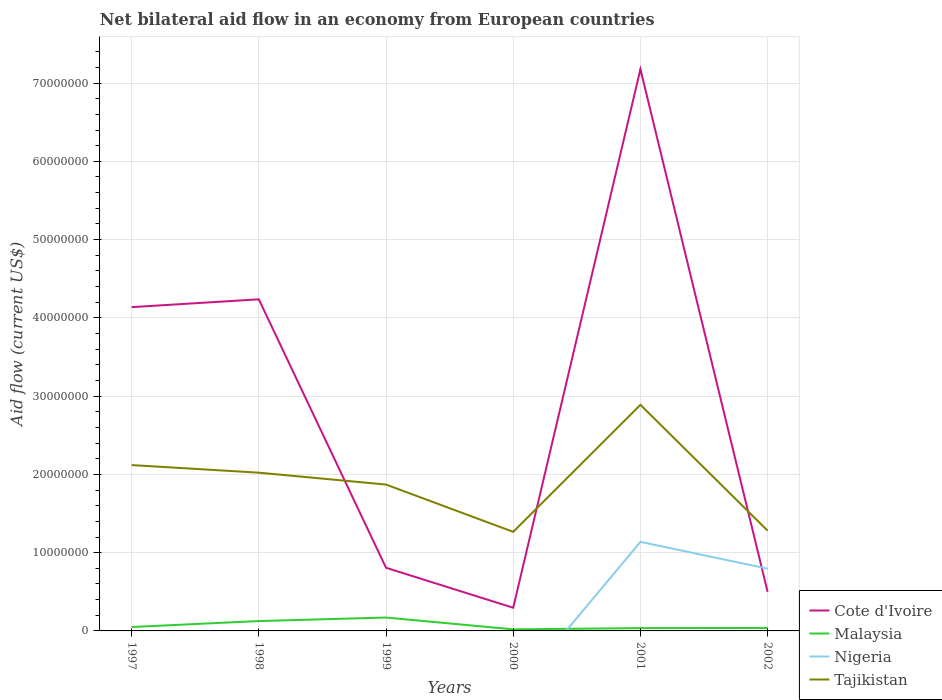
| Years | Cote d'Ivoire | Malaysia | Nigeria | Tajikistan |
 | --- | --- | --- | --- | --- |
 | 1997 | 4.14e+07 | 5e+05 | -8.14e+06 | 2.12e+07 |
 | 1998 | 4.24e+07 | 1.26e+06 | -1.16e+07 | 2.02e+07 |
 | 1999 | 8.07e+06 | 1.71e+06 | -7.21e+06 | 1.87e+07 |
 | 2000 | 2.96e+06 | 2e+05 | -8.08e+06 | 1.27e+07 |
 | 2001 | 7.18e+07 | 3.6e+05 | 1.14e+07 | 2.89e+07 |
 | 2002 | 4.99e+06 | 3.8e+05 | 7.95e+06 | 1.28e+07 |